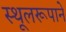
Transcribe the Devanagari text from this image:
स्थूलरूपाने